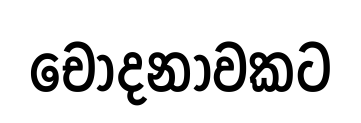
චෝදනාවකට